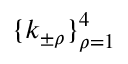
\{ k _ { \pm \rho } \} _ { \rho = 1 } ^ { 4 }